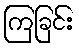
ကြခြင်း